Mediterranean fever in India - Number 22
Disease focus: Fever
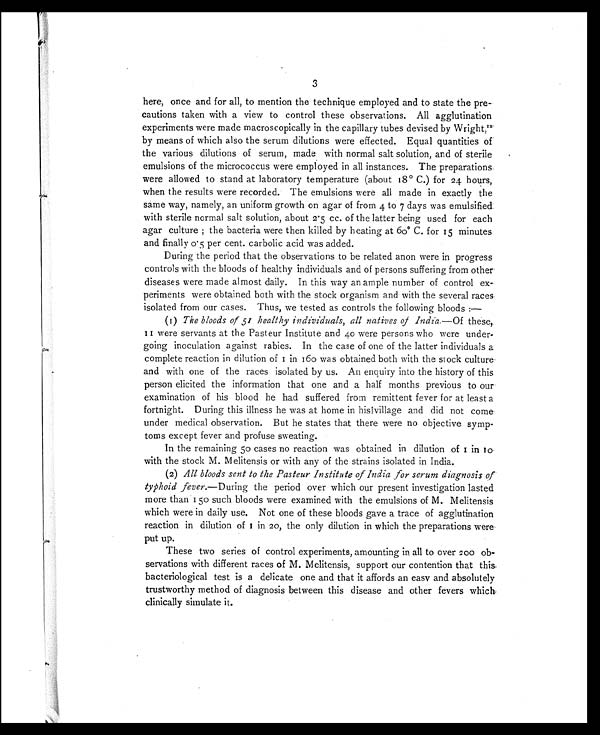
3
here, once and for all, to mention the technique employed and to state the pre-
cautions taken with a view to control these observations. All agglutination
experiments were made macroscopically in the capillary tubes devised by Wright, 1 2
by means of which also the serum dilutions were effected. Equal quantities of
the various dilutions of serum, made with normal salt solution, and of sterile
emulsions of the micrococcus were employed in all instances. The preparations
were allowed to stand at laboratory temperature (about 18° C.) for 24 hours,
when the results were recorded. The emulsions were all made in exactly the
same way, namely, an uniform growth on agar of from 4 to 7 days was emulsified
with sterile normal salt solution, about 2.5 cc. of the latter being used for each
agar culture ; the bacteria were then killed by heating at 60° C. for 15 minutes
and finally 0.5 per cent. carbolic acid was added.
During the period that the observations to be related anon were in progress
controls with the bloods of healthy individuals and of persons suffering from other
diseases were made almost daily. In this way an ample number of control ex-
periments were obtained both with the stock organism and with the several races
isolated from our cases. Thus, we tested as controls the following bloods :
—
(1) The bloods of 51 healthy individuals, all natives of India. —Of these,
11 were servants at the Pasteur Institute and 40 were persons who were under-
going inoculation against rabies. In the case of one of the latter individuals a
complete reaction in dilution of 1 in 160 was obtained both with the stock culture
and with one of the races isolated by us. An enquiry into the history of this
person elicited the information that one and a half months previous to our
examination of his blood he had suffered from remittent fever for at least a
fortnight. During this illness he was at home in his village and did not come
under medical observation. But he states that there were no objective symp-
toms except fever and profuse sweating.
In the remaining 50 cases no reaction was obtained in dilution of 1 in 10
with the stock M. Melitensis or with any of the strains isolated in India.
(2) All bloods sent to the Pasteur Institute of India for serum diagnosis of
typhoid fever. —During the period over which our present investigation lasted
more than 150 such bloods were examined with the emulsions of M. Melitensis
which were in daily use. Not one of these bloods gave a trace of agglutination
reaction in dilution of 1 in 20, the only dilution in which the preparations were
put up.
These two series of control experiments, amounting in all to over 200 ob-
servations with different races of M. Melitensis, support our contention that this
bacteriological test is a delicate one and that it affords an easy and absolutely
trustworthy method of diagnosis between this disease and other fevers which
clinically simulate it.